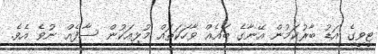
ޓީވީގެ އަޑު ބާރުކަމުން އޭނާގެ ބައެއް ވާހަކަތައް މުޅިއަކުން ސާފެއް ނުވެ އެވެ.